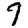
Digit: 7